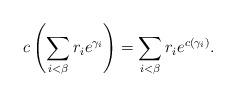
LaTeX: \begin{align*} c\left(\sum_{i<\beta}r_{i}e^{\gamma_{i}}\right)=\sum_{i<\beta}r_{i}e^{c(\gamma_{i})}. \end{align*}